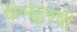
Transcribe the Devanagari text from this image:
कॅप्सूलची